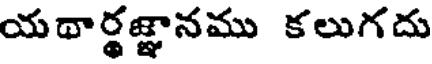
యథార్థజ్ఞానము కలుగదు